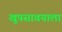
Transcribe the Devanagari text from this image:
खूपसावयाला